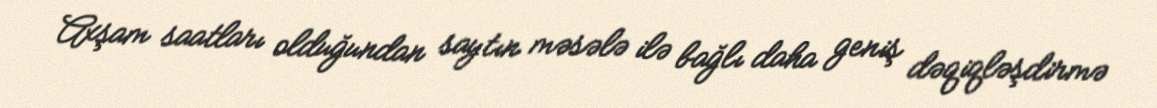
Axşam saatları olduğundan saytın məsələ ilə bağlı daha geniş dəqiqləşdirmə